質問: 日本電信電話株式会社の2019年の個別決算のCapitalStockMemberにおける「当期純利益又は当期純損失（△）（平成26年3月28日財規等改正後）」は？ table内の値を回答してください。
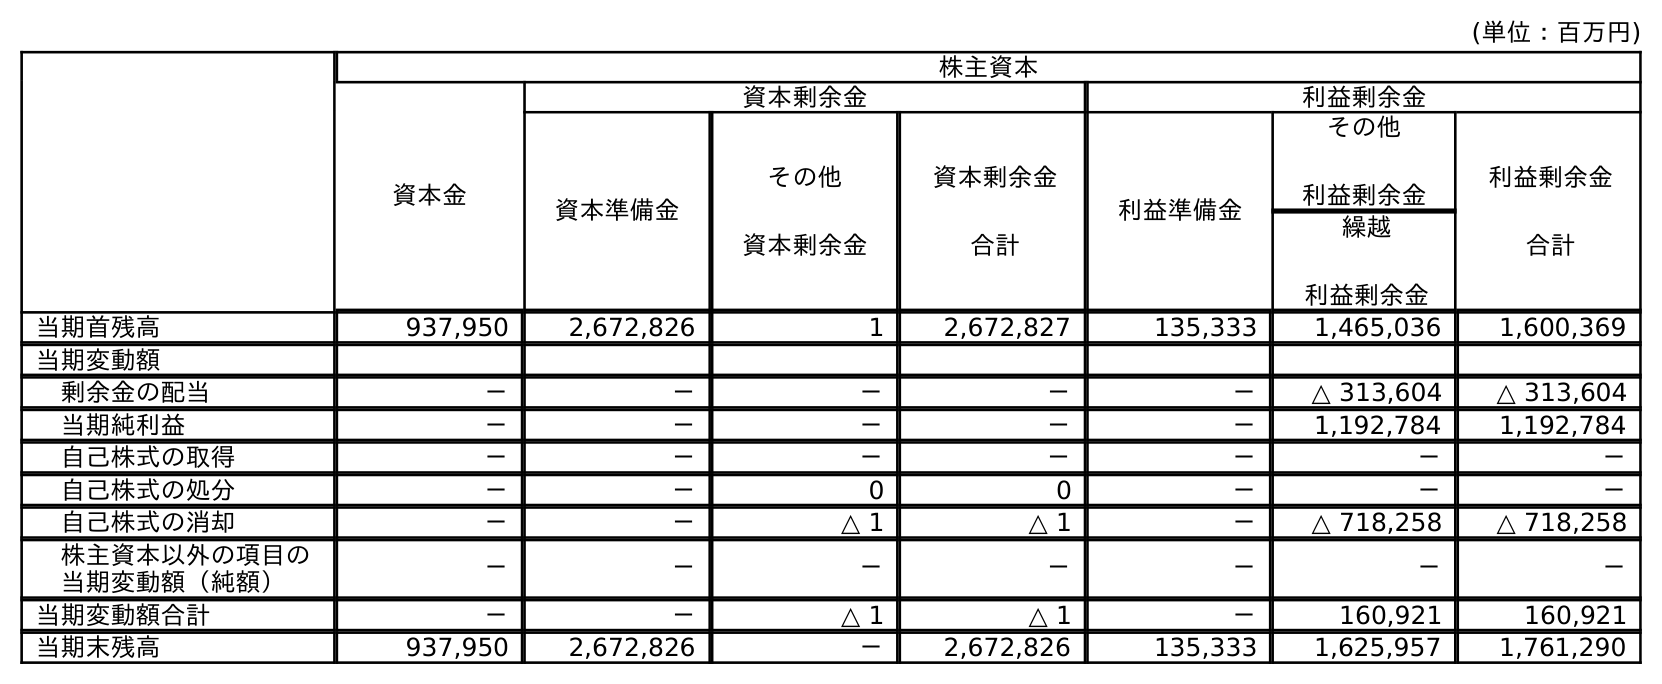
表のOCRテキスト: (単位：百万円) 株主資本 資本金 資本剰余金 利益剰余金 資本準備金 その他 資本剰余金 資本剰余金 合計 利益準備金 その他 利益剰余金 利益剰余金 合計 繰越 利益剰余金 当期首残高 937,950 2,672,826 1 2,672,827 135,333 1,465,036 1,600,369 当期変動額 剰余金の配当 － － － － － △ 313,604 △ 313,604 当期純利益 － － － － － 1,192,784 1,192,784 自己株式の取得 － － － － － － － 自己株式の処分 － － 0 0 － － － 自己株式の消却 － － △ 1 △ 1 － △ 718,258 △ 718,258 株主資本以外の項目の 当期変動額（純額） － － － － － － － 当期変動額合計 － － △ 1 △ 1 － 160,921 160,921 当期末残高 937,950 2,672,826 － 2,672,826 135,333 1,625,957 1,761,290
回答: －